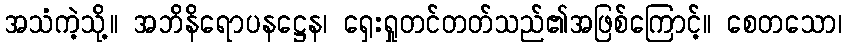
အသံကဲ့သို့။ အဘိနိရောပနဋ္ဌေန၊ ရှေးရှုတင်တတ်သည်၏အဖြစ်ကြောင့်။ စေတသော၊